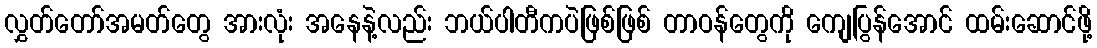
လွှတ်တော်အမတ်တွေ အားလုံး အနေနဲ့လည်း ဘယ်ပါတီကပဲဖြစ်ဖြစ် တာဝန်တွေကို ကျေပြွန်အောင် ထမ်းဆောင်ဖို့